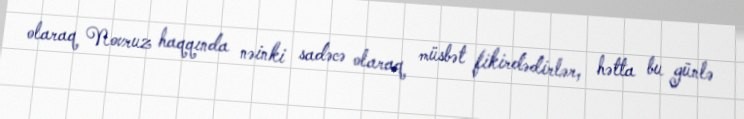
olaraq Novruz haqqında nəinki sadəcə olaraq müsbət fikirdədirlər, hətta bu günlə